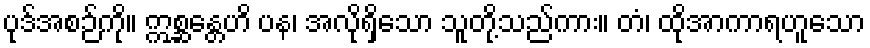
ပုဒ်အစဉ်ကို။ ဣစ္ဆန္တေဟိ ပန၊ အလိုရှိသော သူတို့သည်ကား။ တံ၊ ထိုအာကာရဟူသော